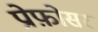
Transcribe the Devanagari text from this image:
प्रोफ़ोसर